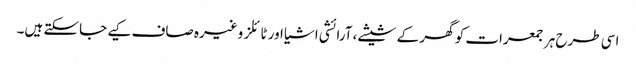
اسی طرح ہر جمعرات کو گھر کے شیشے، آرائشی اشیا اور ٹائلز وغیرہ صاف کیے جاسکتے ہیں۔